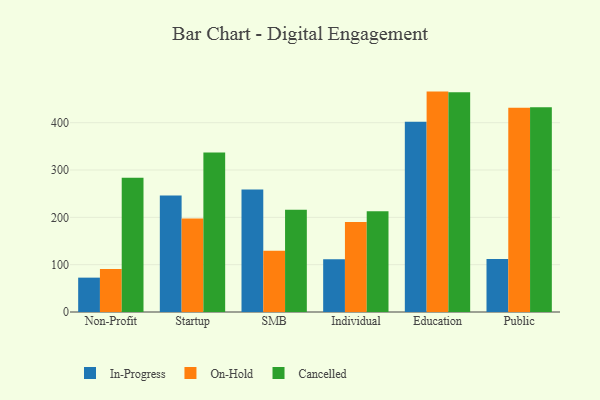
{"axis": {"x": "Segment", "y": "Gross Profit (USD K)"}, "legend": ["Cancelled", "In-Progress", "On-Hold"], "data": [{"x": "Non-Profit", "y": 72.6, "type": "In-Progress"}, {"x": "Non-Profit", "y": 91.1, "type": "On-Hold"}, {"x": "Non-Profit", "y": 283.9, "type": "Cancelled"}, {"x": "Startup", "y": 245.9, "type": "In-Progress"}, {"x": "Startup", "y": 197.5, "type": "On-Hold"}, {"x": "Startup", "y": 337.0, "type": "Cancelled"}, {"x": "SMB", "y": 258.8, "type": "In-Progress"}, {"x": "SMB", "y": 129.3, "type": "On-Hold"}, {"x": "SMB", "y": 216.2, "type": "Cancelled"}, {"x": "Individual", "y": 111.4, "type": "In-Progress"}, {"x": "Individual", "y": 190.2, "type": "On-Hold"}, {"x": "Individual", "y": 213.1, "type": "Cancelled"}, {"x": "Education", "y": 402.2, "type": "In-Progress"}, {"x": "Education", "y": 465.7, "type": "On-Hold"}, {"x": "Education", "y": 464.4, "type": "Cancelled"}, {"x": "Public", "y": 111.9, "type": "In-Progress"}, {"x": "Public", "y": 431.7, "type": "On-Hold"}, {"x": "Public", "y": 432.7, "type": "Cancelled"}]}